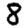
Digit: 8